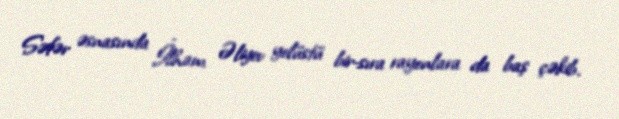
Səfər əsnasında İlham Əliyev yolüstü bir-sıra rayonlara da baş çəkib.